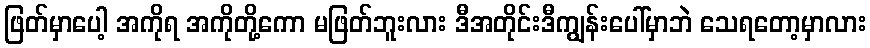
ဖြတ်မှာပေါ့ အကိုရ အကိုတို့ကော မဖြတ်ဘူးလား ဒီအတိုင်းဒီကျွန်းပေါ်မှာဘဲ သေရတော့မှာလား